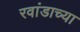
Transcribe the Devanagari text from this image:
रवांडाच्‍या